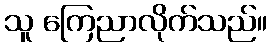
သူ ကြေညာလိုက်သည်။